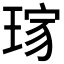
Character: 𤦓